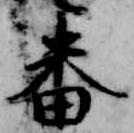
番